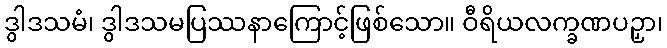
ဒွါဒသမံ၊ ဒွါဒသမပြဿနာကြောင့်ဖြစ်သော။ ဝီရိယလက္ခဏပဉှာ၊